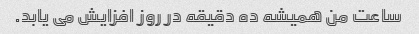
ساعت من همیشه ده دقیقه در روز افزایش می یابد.